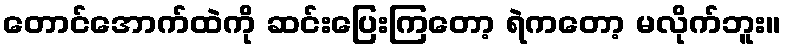
တောင်အောက်ထဲကို ဆင်းပြေးကြတော့ ရဲကတော့ မလိုက်ဘူး။